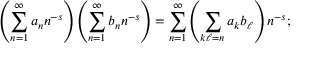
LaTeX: \left( \sum _ { n = 1 } ^ { \infty } a _ { n } n ^ { - s } \right) \left( \sum _ { n = 1 } ^ { \infty } b _ { n } n ^ { - s } \right) = \sum _ { n = 1 } ^ { \infty } \left( \sum _ { k \ell = n } a _ { k } b _ { \ell } \right) n ^ { - s } ;